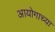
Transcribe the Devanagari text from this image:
आयोगाच्‍या